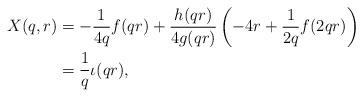
LaTeX: \begin{align*}X(q,r) &= -\frac{1}{4q}f(qr) + \frac{h(qr)}{4g(qr)}\left(-4r + \frac{1}{2q}f(2qr)\right)\\&= \frac{1}{q}\iota(qr),\end{align*}